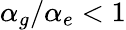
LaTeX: \alpha_{g}/\alpha_{e}<1